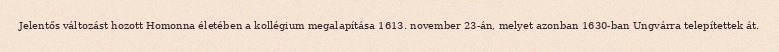
Jelentős változást hozott Homonna életében a kollégium megalapítása 1613. november 23-án, melyet azonban 1630-ban Ungvárra telepítettek át.